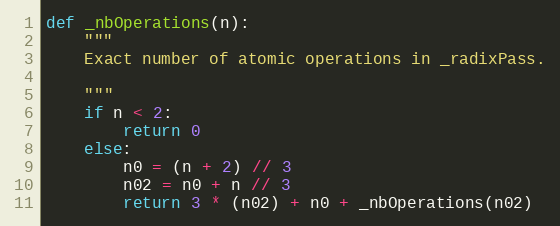
Language: Python
def _nbOperations(n):
    """
    Exact number of atomic operations in _radixPass.

    """
    if n < 2:
        return 0
    else:
        n0 = (n + 2) // 3
        n02 = n0 + n // 3
        return 3 * (n02) + n0 + _nbOperations(n02)